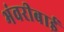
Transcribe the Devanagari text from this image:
भंवरीबाई